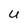
Character: U